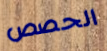
الحصص